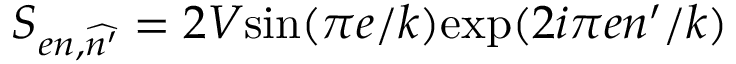
S _ { e n , \widehat { n ^ { \prime } } } = 2 V \mathrm { s i n } ( \pi e / k ) \mathrm { e x p } ( 2 i \pi e n ^ { \prime } / k )